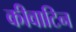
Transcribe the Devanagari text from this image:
कीवाटिन